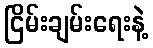
ငြိမ်းချမ်းရေးနဲ့